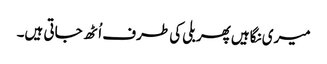
میری نگاہیں پھر بلی کی طرف اُٹھ جاتی ہیں۔